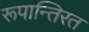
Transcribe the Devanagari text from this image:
रूपान्तिरत